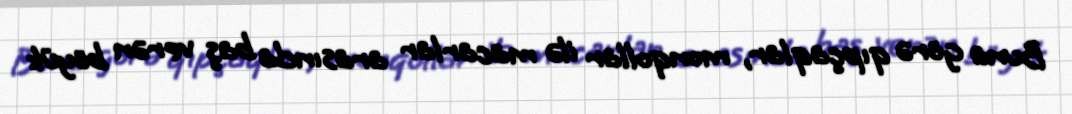
Buna görə qıpçaqlar, monqollar ilə macarlar arasında baş verən böyük